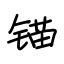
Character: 锚